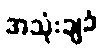
အသုံးချခံ